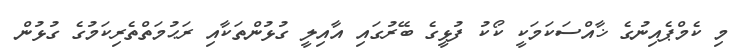
މި ކެމްޕެއިނުގެ ޚާއްސަކަމަކީ ކޯކު ފުޅީގެ ބޭރުގައި އާއިލީ ގުޅުންތަކާއި ރަޙުމަތްތެރިކަމުގެ ގުޅުން